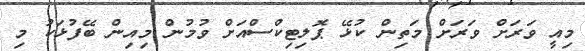
މިއީ ވަރަށް ވަރަށް މަތިން ކުޅޭ ޕޮލިޓިކްސްއަށް ވުމުން މިއިން ބޭފުޅަކު މި